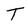
Character: T